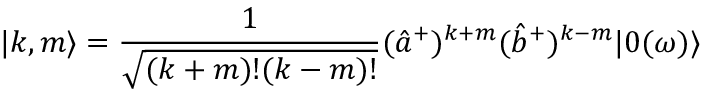
{ | k , m \rangle } = \frac { 1 } { \sqrt { { ( k + m ) } ! { ( k - m ) } ! } } ( { \hat { a } } ^ { + } ) ^ { k + m } ( { \hat { b } } ^ { + } ) ^ { k - m } | 0 ( \omega ) \rangle